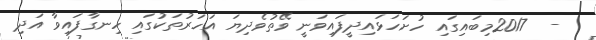
-  2017މިބައިގައި ހުށަހަޅައިދީފައިވަނީ ވޭތުވެދިޔަ އަހަރުތަކުގައި ހިނގާފައިވާ އަދި